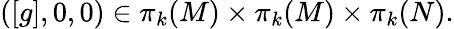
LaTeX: ([g],0,0)\in\pi_{k}(M)\times\pi_{k}(M)\times\pi_{k}(N).